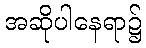
အဆိုပါနေရာ၌